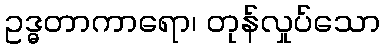
ဥဒ္ဓတာကာရော၊ တုန်လှုပ်သော